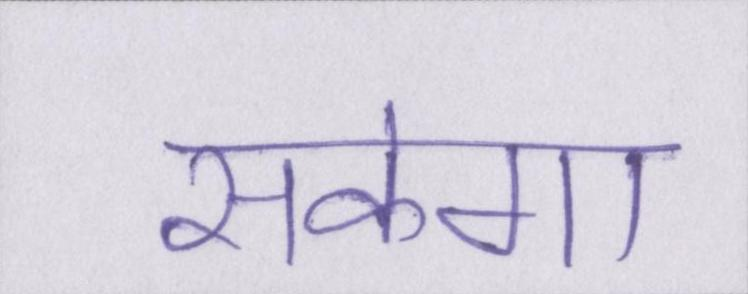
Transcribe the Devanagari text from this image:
सकेगा